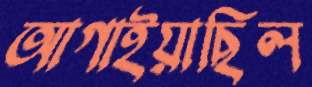
আগাইয়াছিল